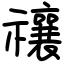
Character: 禳